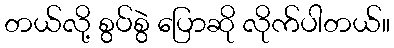
တယ်လို့ စွပ်စွဲ ပြောဆို လိုက်ပါတယ်။